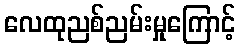
လေထုညစ်ညမ်းမှုကြောင့်